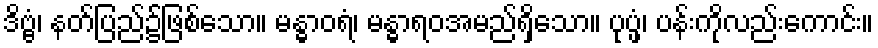
ဒိဗ္ဗံ၊ နတ်ပြည်၌ဖြစ်သော။ မန္ဓာဝရံ၊ မန္ဓာရဝအမည်ရှိသော။ ပုပ္ဖံ၊ ပန်းကိုလည်းကောင်း။